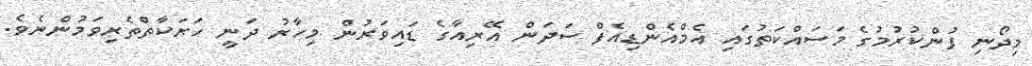
މިދޯނި ފުންކުރުމުގެ މަސައްކަތުގައި އެމްއެންޑިއެފް ސަދަން އޭރިއާގެ ޑައިވަރުން މިހާރު ދަނީ ހަރަކާތްތެރިވަމުންނެވެ.